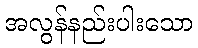
အလွန်နည်းပါးသော